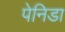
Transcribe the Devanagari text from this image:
पेनिडा